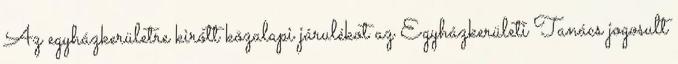
Az egyházkerületre kirótt közalapi járulékot az Egyházkerületi Tanács jogosult